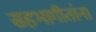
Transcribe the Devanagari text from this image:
सहभागीतांना